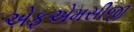
એફએમસીજી